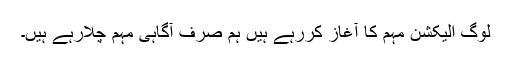
لوگ الیکشن مہم کا آغاز کررہے ہیں ہم صرف آگاہی مہم چلارہے ہیں۔